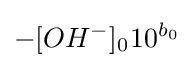
-[OH^{-}]_{0^{}}10^{b_{0}}